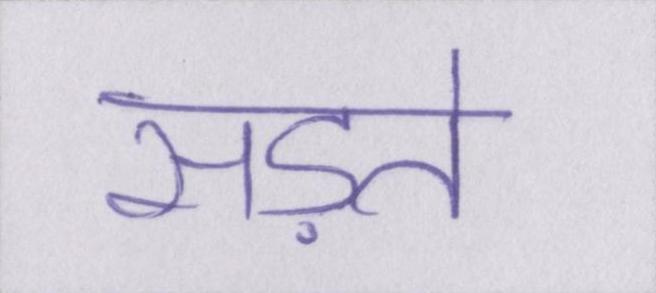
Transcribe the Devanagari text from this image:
सड़ते